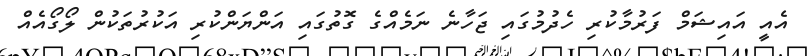
އެއީ އައިޝަމް ފަރުމާކުރި ހެދުމުގައި ޖަހާނެ ނަމެއްގެ ގޮތުގައި އަންޔަންކުރި އަކުރުތަކުން ލޯގޯއެއް